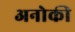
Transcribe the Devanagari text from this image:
अनोकी